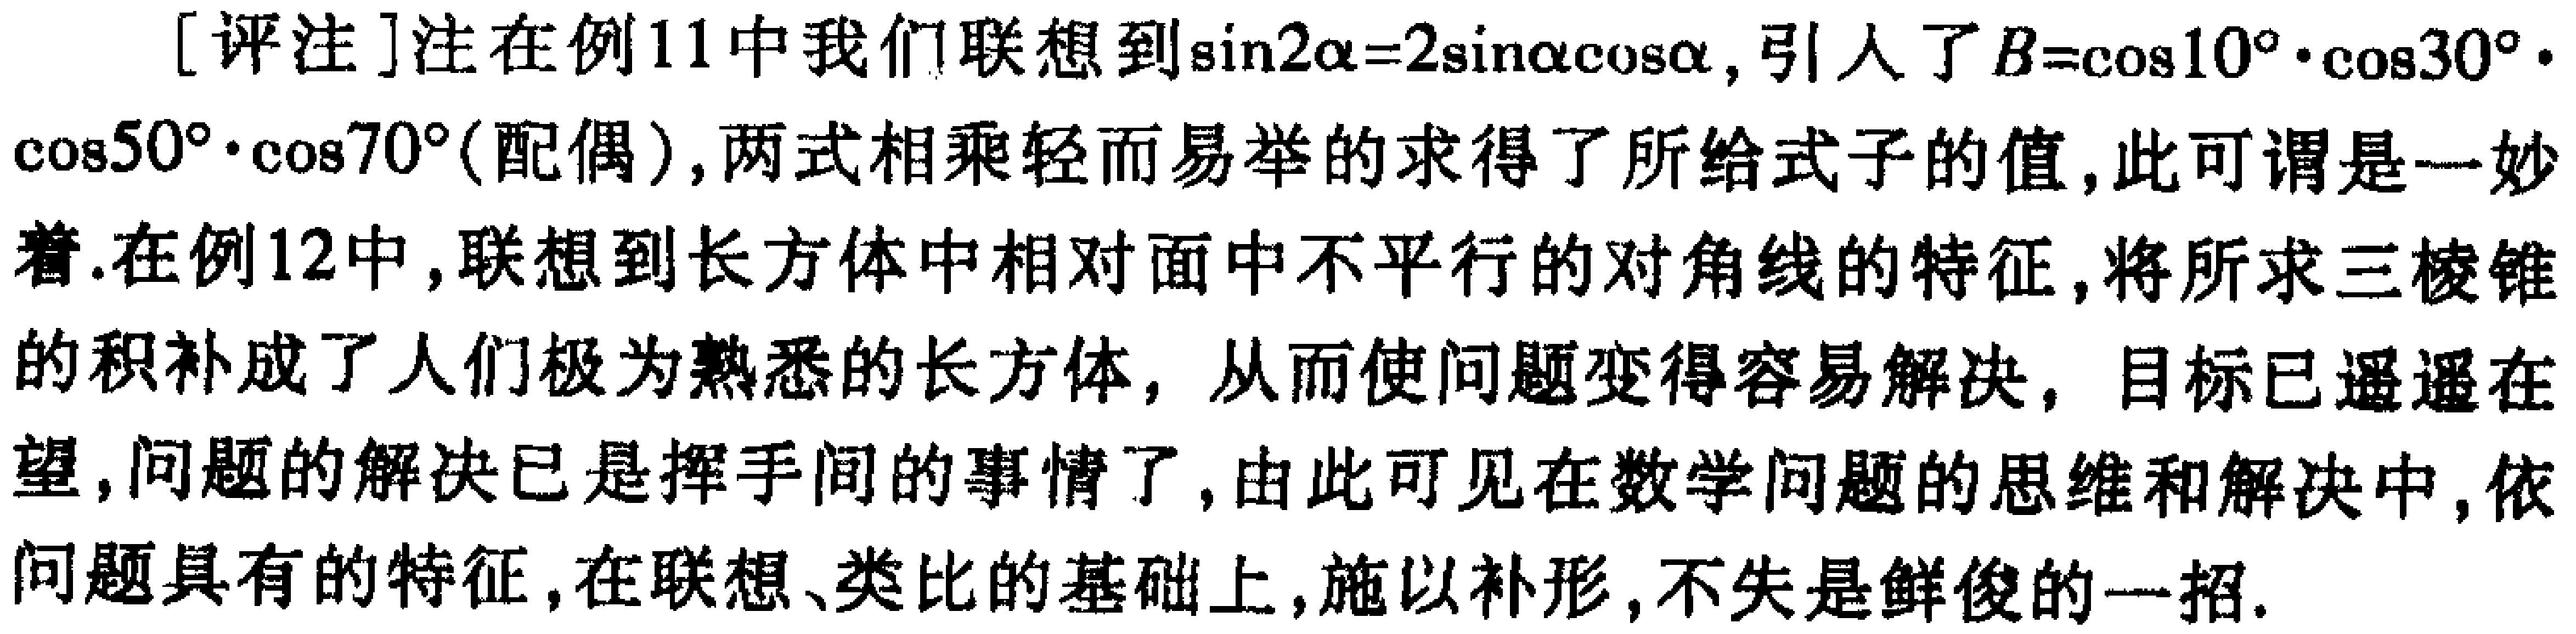
[评注]注在例11中我们联想到\(\sin2\alpha = 2\sin\alpha\cos\alpha\)，引入了\(B = \cos10^{\circ}\cdot\cos30^{\circ}\cdot\cos50^{\circ}\cdot\cos70^{\circ}\)(配偶)，两式相乘轻而易举的求得了所给式子的值，此可谓是一妙着.在例12中，联想到长方体中相对面中不平行的对角线的特征，将所求三棱锥的积补成了人们极为熟悉的长方体，从而使问题变得容易解决，目标已遥遥在望，问题的解决已是挥手间的事情了，由此可见在数学问题的思维和解决中，依问题具有的特征，在联想、类比的基础上，施以补形，不失是鲜俊的一招.